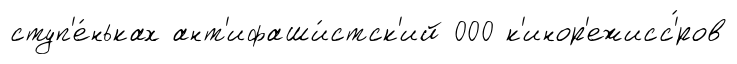
ступ'е́ньках ант'ифаши́стск'ий 000 к'инор'ежисс'́ров